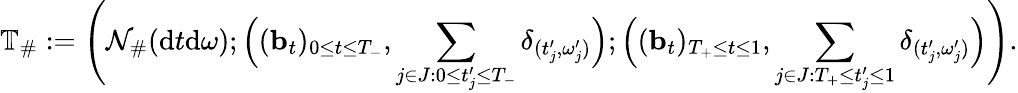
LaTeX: \mathbb{T}_{\# }:=\Bigg(\mathcal{N}_{\# }(\mathrm{d}t\mathrm{d}\omega);\Big((\mathbf{b}_{t})_{0\leq t\leq T_{-}},\sum_{j\in J:0\leq t_{j}^{\prime}\leq T_{-}}\delta_{(t_{j}^{\prime},\omega_{j}^{\prime})}\Big);\Big((\mathbf{b}_{t})_{T_{+}\leq t\leq 1},\sum_{j\in J:T_{+}\leq t_{j}^{\prime}\leq 1}\delta_{(t_{j}^{\prime},\omega_{j}^{\prime})}\Big)\Bigg).